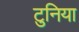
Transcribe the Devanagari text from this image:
टुनिया